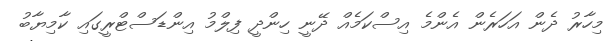
މިހާރު ދެން އަހަރެން އެންމެ އިސްކަމެއް ދޭނީ ހިންދީ ފިލްމު އިންޑަސްޓްރީގައި ކާމިޔާބު